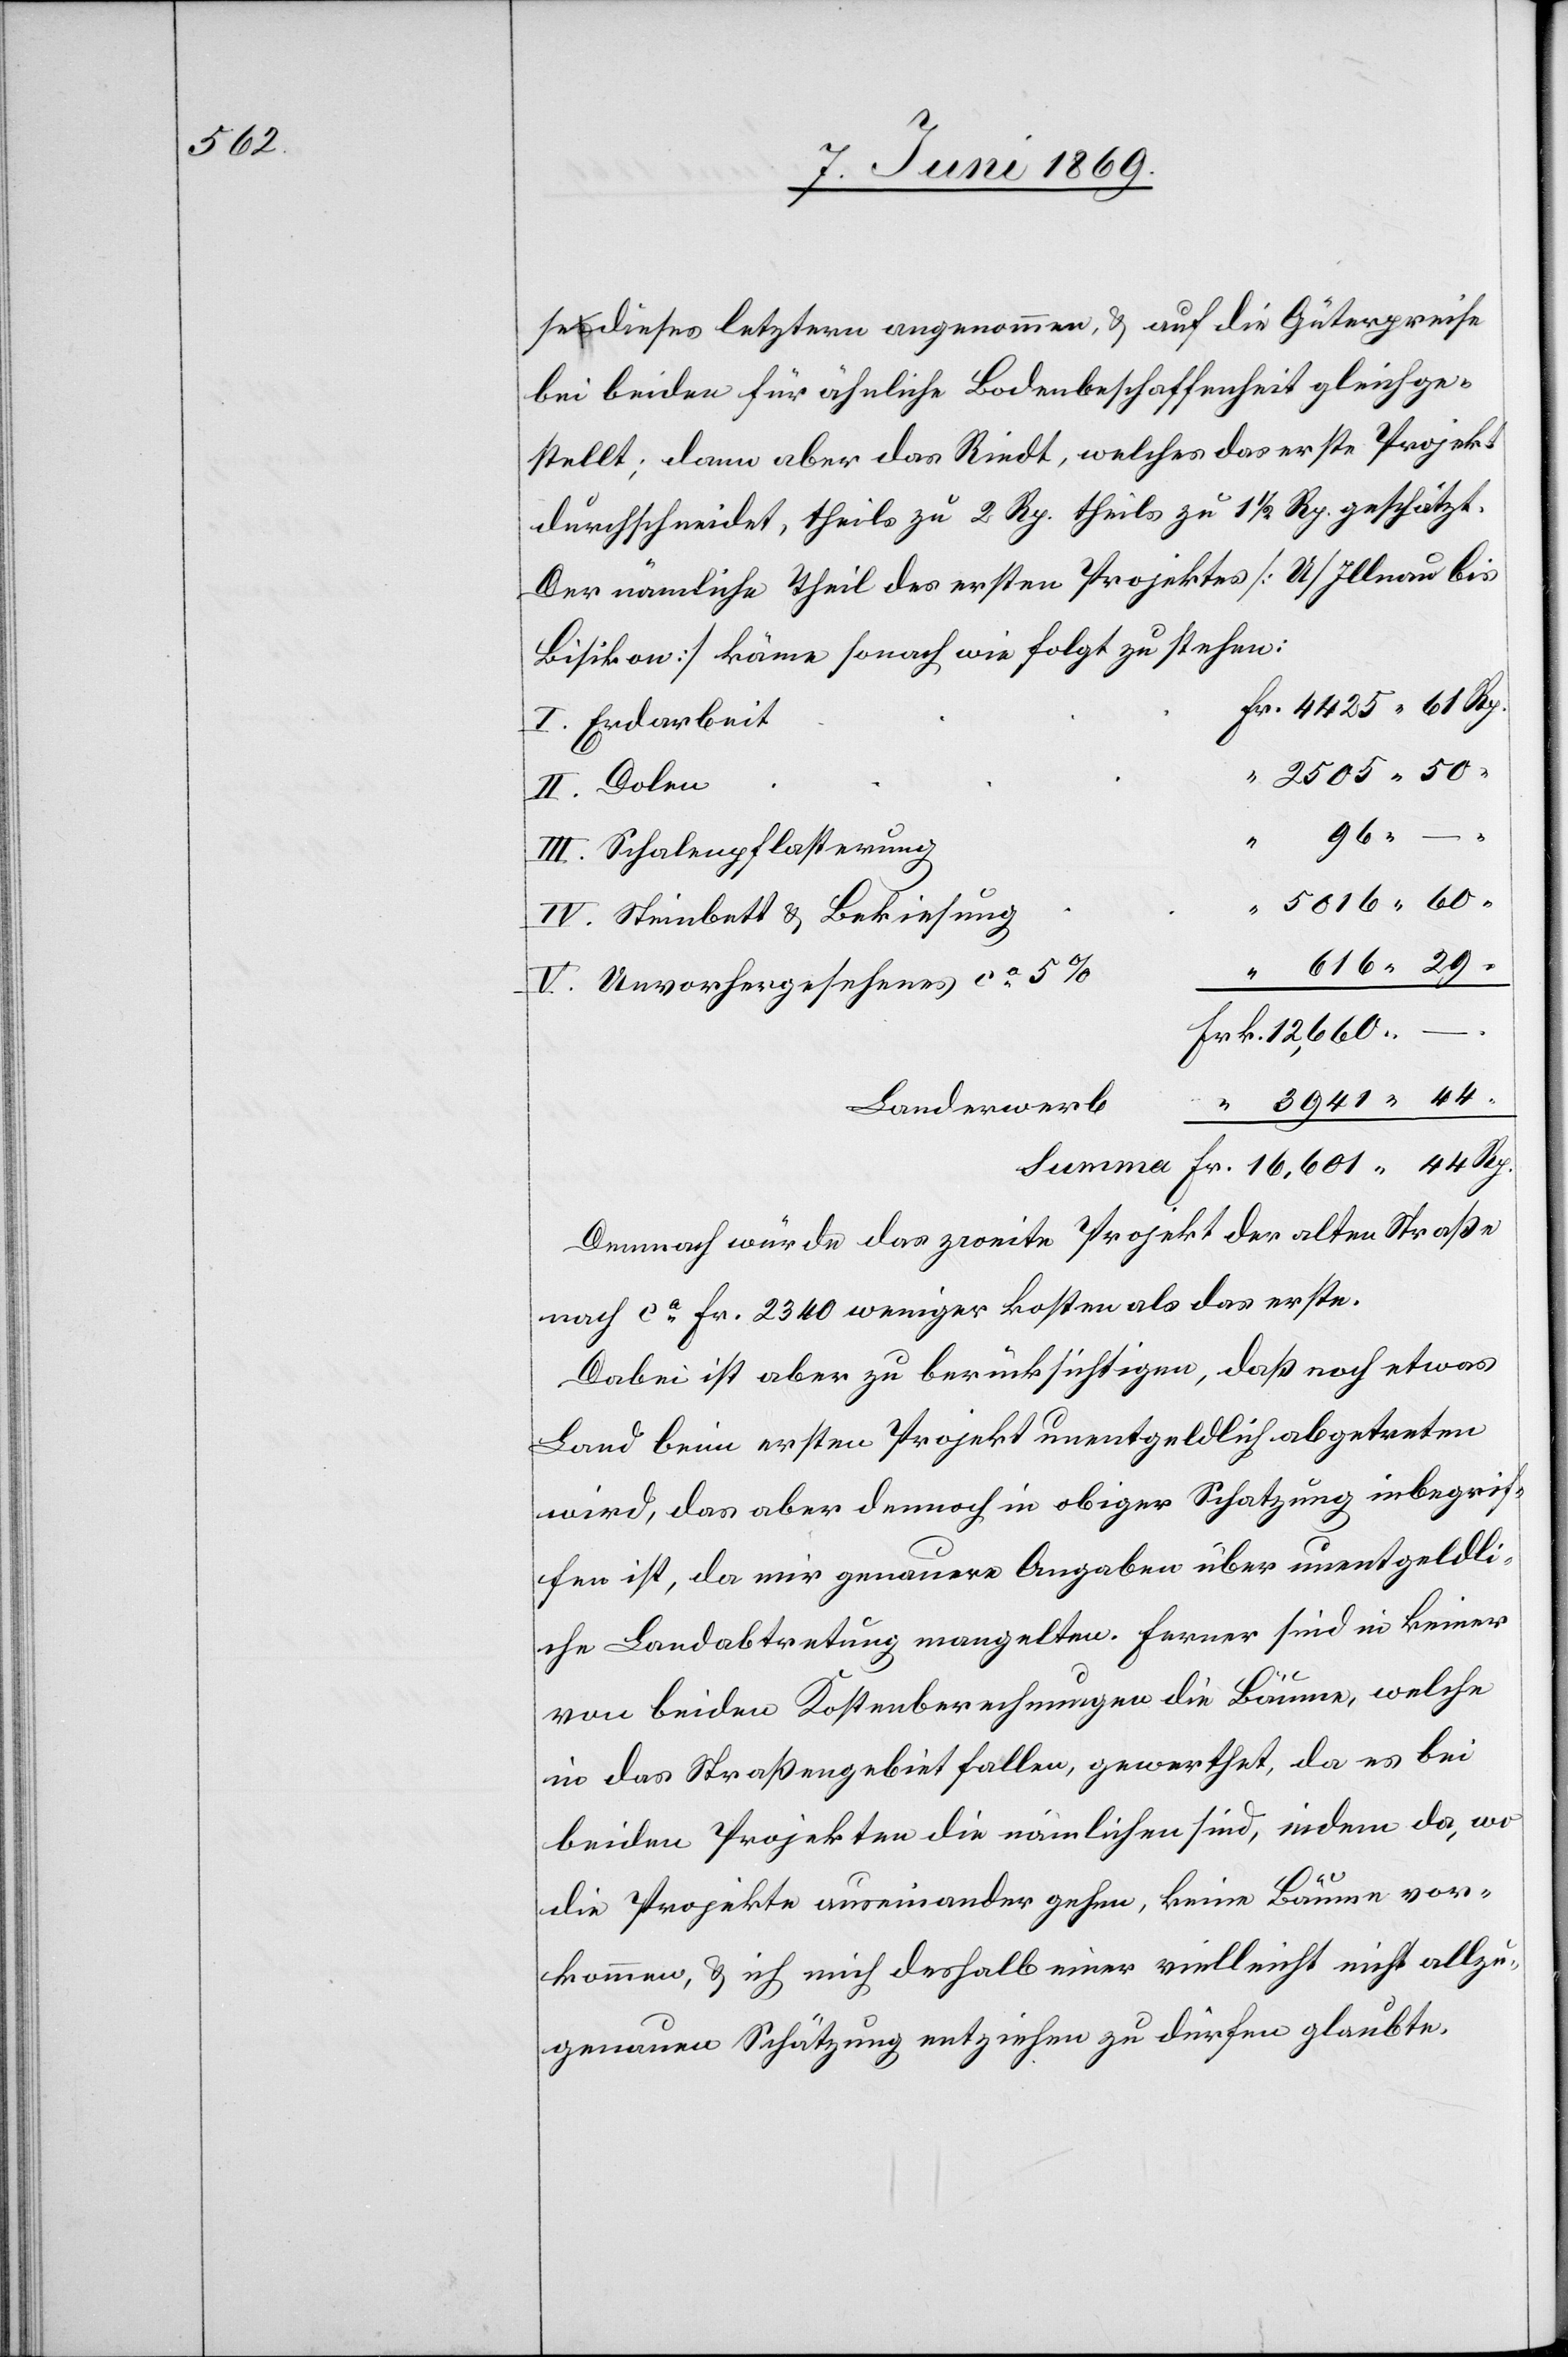
se dieses letztern angenommen, u. auf die Güterpreise
bei beiden für ähnliche Bodenbeschaffenheit gleichge¬
stellt; dann aber das Riedt, welches das erste Projekt
durchschneidt, theils zu 2 Rp. theils zu 1 1/2 Rp. geschätzt.
Der nämliche Theil des ersten Projektes [U/Illnau bis
Bisikon] käme sonach wie folgt zu stehen:
I. Erdarbeit
2505.50
II. Dolen
III. Schalenpflasterung
IV. Steinbett u. Bekiesung
V. Unvorhergesehenes ca 5%
Landerwerb
Demnach würde das zweite Projekt der alten Straße
nach ca Fr. 2340 weniger kosten als das erste.
Dabei ist aber zu berücksichtigen, daß noch etwas
Land beim ersten Projekt unentgeldlich abgetreten
wird, das aber dennoch in obiger Schatzung inbegrif¬
fen ist, da mir genauere Angaben über unentgeldli¬
che Landabtretung mangelten. Ferner sind in keiner
Rp.
von beiden Kostenberechnungen die Bäume, welche
in das Straßengebiet fallen, gewerthet, da es bei
beiden Projekten die nämlichen sind, indem da, wo
die Projekte auseinander gehen, keine Bäume vor¬
kommen, u. ich mich deshalb einer vielleicht nicht allzu¬
genauen Schätzung entziehen dürfen glaubte.